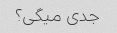
جدی میگی؟